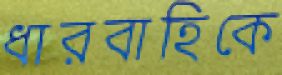
ধারবাহিকে